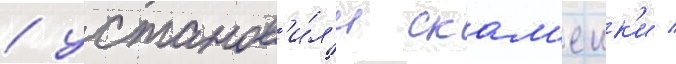
/ установ'и́л'и скам'еик'и /